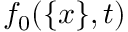
f _ { 0 } ( \{ x \} , t )